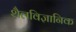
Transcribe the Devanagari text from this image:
शैलविज्ञानिक